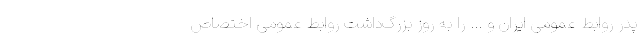
پدر روابط عمومی ایران و ... را به روز بزرگ‌داشت روابط عمومی اختصاص